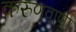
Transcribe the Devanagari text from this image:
करुणवाणी